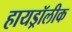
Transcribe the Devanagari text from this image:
हायड्रॉलीक